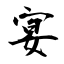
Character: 宴